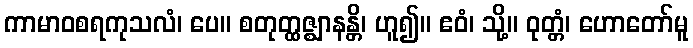
ကာမာဝစရကုသလံ၊ ပေ။ စတုတ္ထဇ္ဈာနန္တိ၊ ဟူ၍။ ဧဝံ၊ သို့။ ဝုတ္တံ၊ ဟောတော်မူ